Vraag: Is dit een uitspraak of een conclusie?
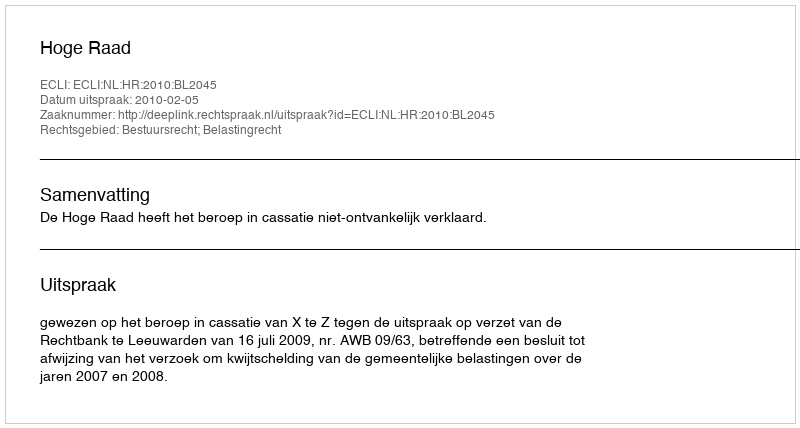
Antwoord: Uitspraak